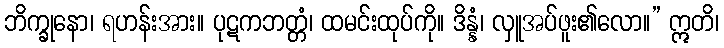
ဘိက္ခုနော၊ ရဟန်းအား။ ပုဋကဘတ္တံ၊ ထမင်းထုပ်ကို။ ဒိန္နံ၊ လှူအပ်ဖူး၏လော။” ဣတိ၊